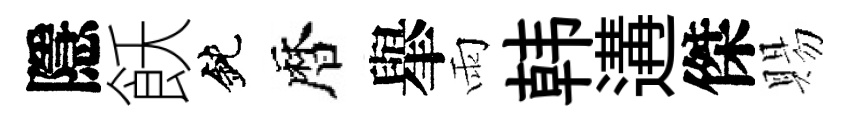
隱飫鈍暦𦦙雨韩遘傑賜